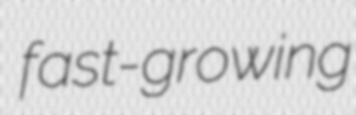
fast-growing